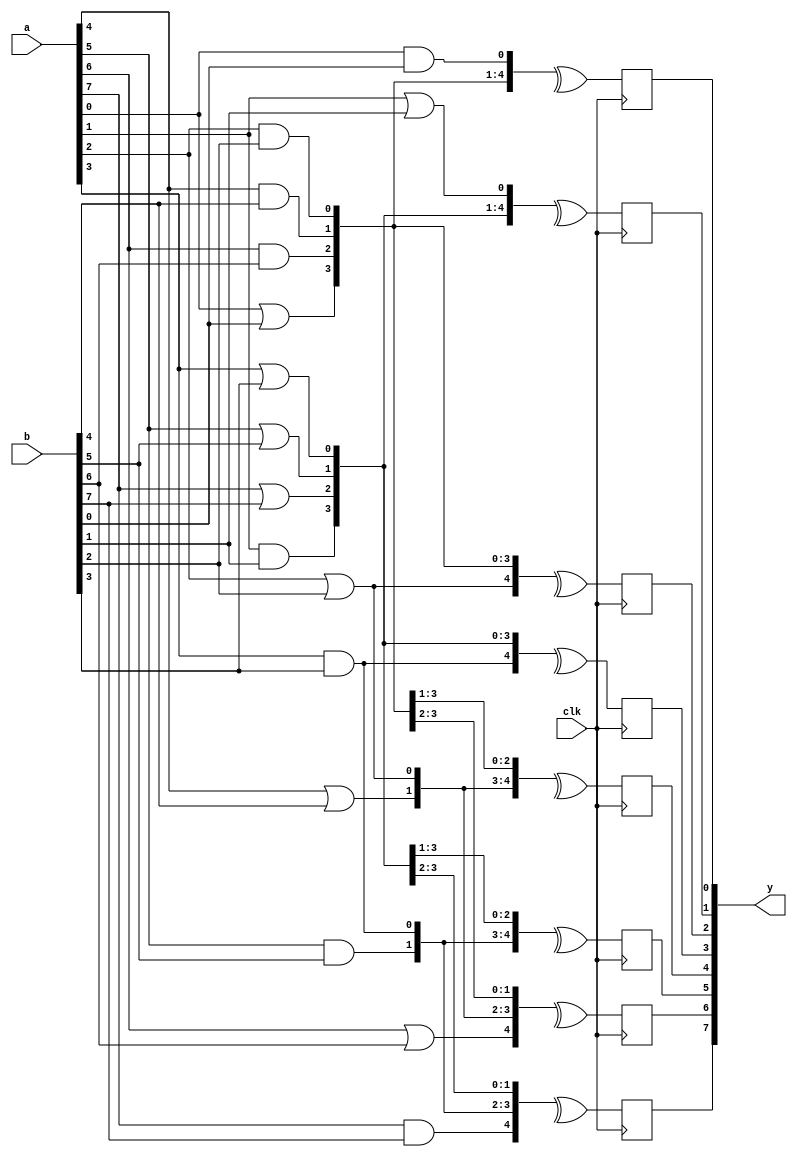

module gen_test1(clk, a, b, y);

input clk;
input [7:0] a, b;
output reg [7:0] y;

genvar i, j;
wire [15:0] tmp1;

generate

	for (i = 0; i < 8; i = i + 1) begin:gen1
		wire and_wire, or_wire;
		assign and_wire = a[i] & b[i];
		assign or_wire = a[i] | b[i];
		if (i % 2 == 0) begin:gen2true
			assign tmp1[i] = and_wire;
			assign tmp1[i+8] = or_wire;
		end else begin:gen2false
			assign tmp1[i] = or_wire;
			assign tmp1[i+8] = and_wire;
		end
	end

	for (i = 0; i < 8; i = i + 1) begin:gen3
		wire [4:0] tmp2;
		for (j = 0; j <= 4; j = j + 1) begin:gen4
			wire tmpbuf;
			assign tmpbuf = tmp1[i+2*j];
			assign tmp2[j] = tmpbuf;
		end
		always @(posedge clk)
			y[i] <= ^tmp2;
	end

endgenerate

endmodule

// ------------------------------------------

module gen_test2(clk, a, b, y);

input clk;
input [7:0] a, b;
output reg [8:0] y;

integer i;
reg [8:0] carry;

always @(posedge clk) begin
	carry[0] = 0;
	for (i = 0; i < 8; i = i + 1) begin
		casez ({a[i], b[i], carry[i]})
			3'b?11, 3'b1?1, 3'b11?:
				carry[i+1] = 1;
			default:
				carry[i+1] = 0;
		endcase
		y[i] = a[i] ^ b[i] ^ carry[i];
	end
	y[8] = carry[8];
end

endmodule

// ------------------------------------------

module gen_test3(a, b, sel, y, z);

input [3:0] a, b;
input sel;
output [3:0] y, z;

genvar i;
generate
	for (i=0; i < 2; i=i+1)
		assign y[i] = sel ? a[i] : b[i], z[i] = sel ? b[i] : a[i];
	for (i=0; i < 2; i=i+1) begin
		if (i == 0)
			assign y[2] = sel ? a[2] : b[2];
		else
			assign z[2] = sel ? a[2] : b[2];
		case (i)
		default:
			assign z[3] = sel ? a[3] : b[3];
		0:
			assign y[3] = sel ? a[3] : b[3];
		endcase
	end
endgenerate

endmodule